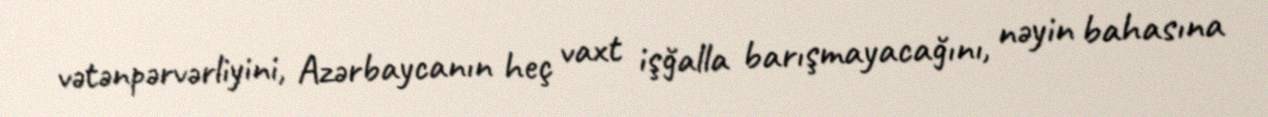
vətənpərvərliyini, Azərbaycanın heç vaxt işğalla barışmayacağını, nəyin bahasına